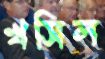
খসিল